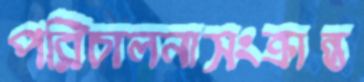
পরিচালনাসংক্রান্ত